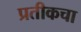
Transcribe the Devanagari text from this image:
प्रतीकचा